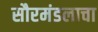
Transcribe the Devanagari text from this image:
सौरमंडलाचा